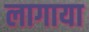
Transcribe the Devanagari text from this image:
लागाया